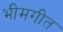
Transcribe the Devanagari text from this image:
भीमगीत